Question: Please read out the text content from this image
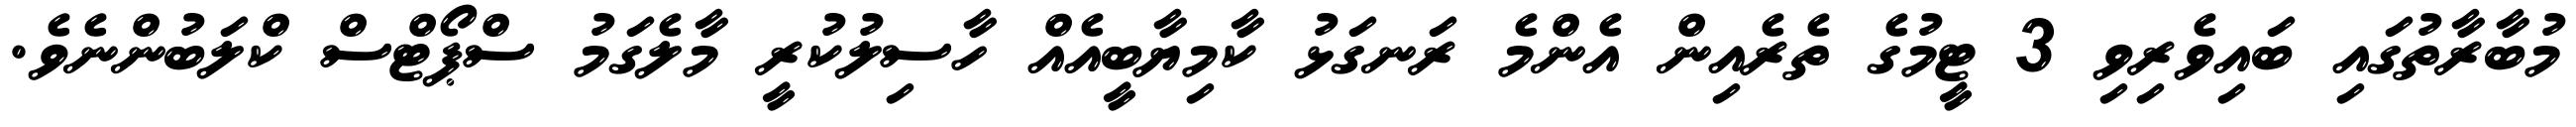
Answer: މުބާރާތުގައި ބައިވެރިވި 3 ޓީމުގެ ތެރެއިން އެންމެ ރަނގަޅު ކާމިޔާބީއެއް ހާސިލުކުރީ މާލެގަމު ސްޕޯޓްސް ކްލަބުންނެވެ.